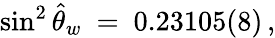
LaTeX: \sin^{2}\hat{\theta}_{w}\ =\ 0.23105(8)\, ,